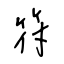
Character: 符